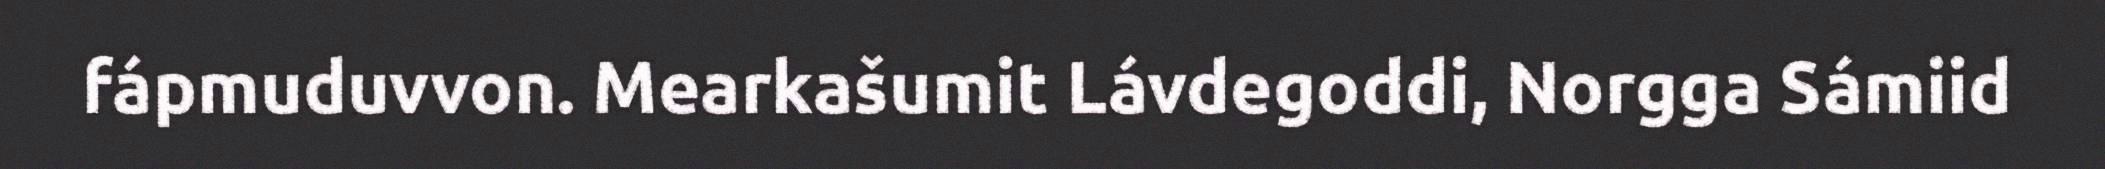
fápmuduvvon. Mearkašumit Lávdegoddi, Norgga Sámiid